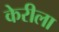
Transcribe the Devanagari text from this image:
केरीला